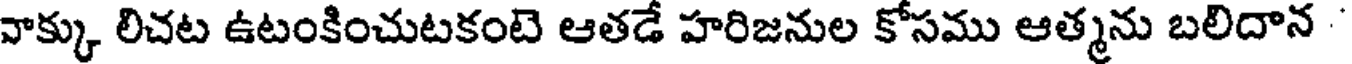
వాక్కు లిచట ఉటంకించుటకంటె ఆతడే హరిజనుల కోసము ఆత్మను బలిదాన